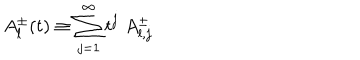
LaTeX: A _ { l } ^ { \pm } ( t ) \equiv \sum _ { j = 1 } ^ { \infty } t ^ { j } \; A _ { l , j } ^ { \pm }